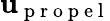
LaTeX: \mathbf{u}_{\mathrm{~p~r~o~p~e~l~}}